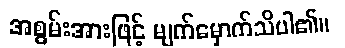
အစွမ်းအားဖြင့် မျက်မှောက်သိပါ၏။